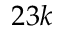
2 3 k